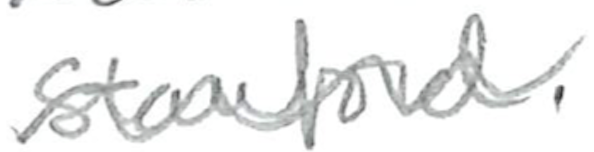
Text: Stanford.
Cross-out: wave
Writing tool: pencil